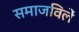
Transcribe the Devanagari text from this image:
समाजविलें